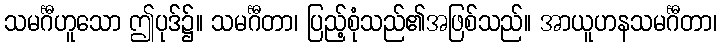
သမင်္ဂီဟူသော ဤပုဒ်၌။ သမင်္ဂီတာ၊ ပြည့်စုံသည်၏အဖြစ်သည်။ အာယူဟနသမင်္ဂီတာ၊